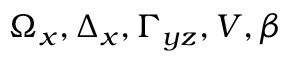
\Omega _ { x } , \Delta _ { x } , \Gamma _ { y z } , V , \beta